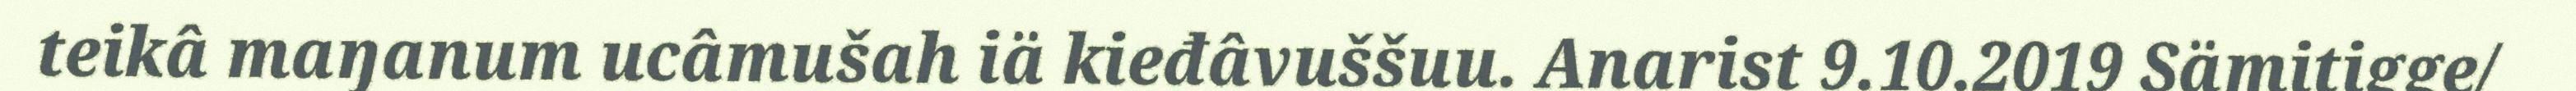
teikâ maŋanum ucâmušah iä kieđâvuššuu. Anarist 9.10.2019 Sämitigge/